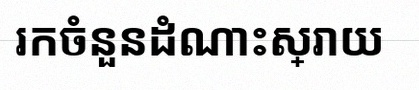
រកចំនួនដំណោះស្រាយ